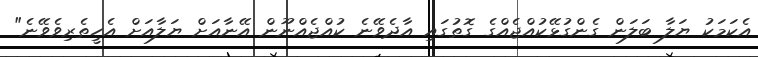
އެކަމަކު ޔަލާ ބަލަން ގެންގުޅޭކުއްޖެއްގެ ގޮތުގައި އާދެވޭނެ ކުއްޖެއްނޫން އޭނާއަށް ޔަލާއަށް އެހީތެރިވެވޭނެ"